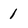
Character: 1